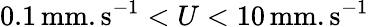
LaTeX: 0.1\, \mathrm{mm.s^{-1}}<U<10\, \mathrm{mm.s^{-1}}